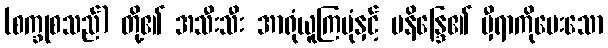
(စက္ခုစသည်) တို့၏ အသီးသီး အာရုံယူကြပုံနှင့် မနိန္ဒြေ၏ မှီရာကိုမေးသော